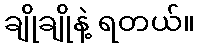
ချိုချိုနဲ့ ရတယ်။